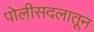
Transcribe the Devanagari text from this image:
पोलीसदलातून